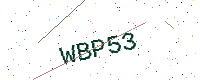
Text: WBP53